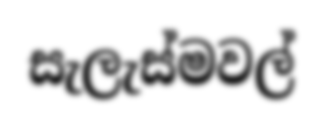
සැලැස්මවල්